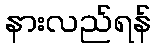
နားလည်ရန်